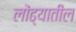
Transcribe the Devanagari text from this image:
लोंढ्यातील